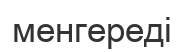
менгереді